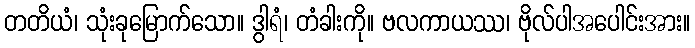
တတိယံ၊ သုံးခုမြောက်သော။ ဒွါရံ၊ တံခါးကို။ ဗလကာယဿ၊ ဗိုလ်ပါအပေါင်းအား။